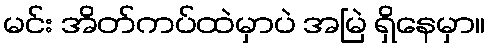
မင်း အိတ်ကပ်ထဲမှာပဲ အမြဲ ရှိနေမှာ။